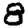
Digit: 8